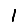
Digit: 1